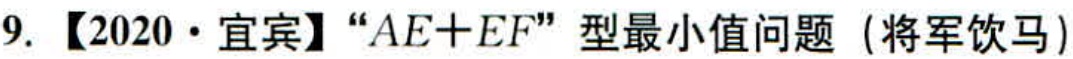
9. 【2020·宜宾】“\(AE + EF\)”型最小值问题（将军饮马）